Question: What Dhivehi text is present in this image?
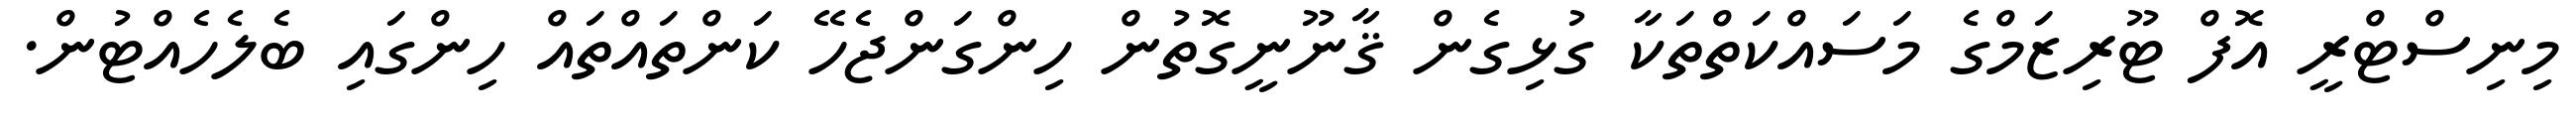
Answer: މިނިސްޓްރީ އޮފް ޓޫރިޒަމްގެ މަސައްކަތްތަކާ ގުޅިގެން ޤާނޫނީގޮތުން ހިންގަންޖެހޭ ކަންތައްތައް ހިންގައި ބެލެހެއްޓުން.